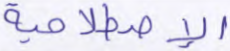
الإصطلاحية